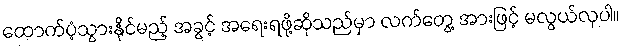
ထောက်ပံ့သွားနိုင်မည့် အခွင့် အရေးရဖို့ဆိုသည်မှာ လက်တွေ့ အားဖြင့် မလွယ်လှပါ။